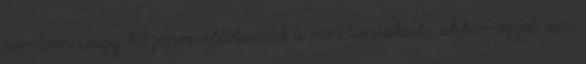
sorolom vagy középre állítanád a mostaniakat, akkor ezzel sem